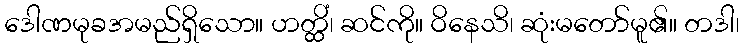
ဒေါဏမုခအမည်ရှိသော။ ဟတ္ထိံ၊ ဆင်ကို။ ဝိနေသိ၊ ဆုံးမတော်မူ၏။ တဒါ၊